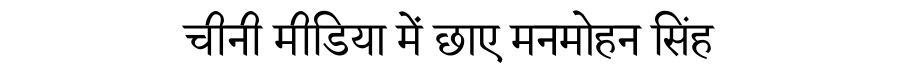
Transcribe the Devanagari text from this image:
चीनी मीडिया में छाए मनमोहन सिंह